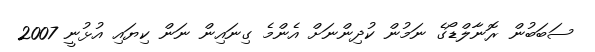
ސަބަބުން ރޮނާލްޑޯގެ ނަމުން ކުދިންނަށް އެންމެ ގިނައިން ނަން ކިޔައި އުޅުނީ 2007